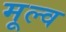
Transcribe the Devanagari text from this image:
मूल्व